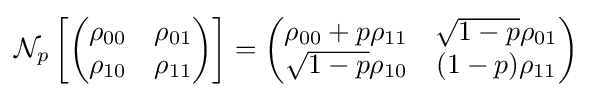
{\cal {N}}_{p}\left[{\begin{pmatrix}\rho _{00}&\rho _{01}\\\rho _{10}&\rho _{11}\end{pmatrix}}\right]={\begin{pmatrix}\rho _{00}+p\rho _{11}&{\sqrt {1-p}}\rho _{01}\\{\sqrt {1-p}}\rho _{10}&(1-p)\rho _{11}\end{pmatrix}}\;